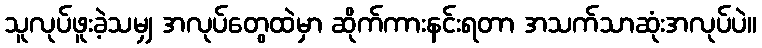
သူလုပ်ဖူးခဲ့သမျှ အလုပ်တွေထဲမှာ ဆိုက်ကားနင်းရတာ အသက်သာဆုံးအလုပ်ပဲ။